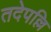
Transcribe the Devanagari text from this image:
तदेपल्लि